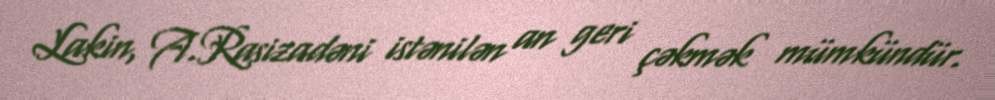
Lakin, A.Rasizadəni istənilən an geri çəkmək mümkündür.